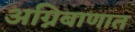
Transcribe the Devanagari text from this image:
अग्निबाणात